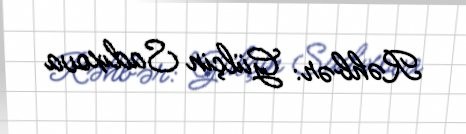
Rəhbər: Gülçin Sadıxova